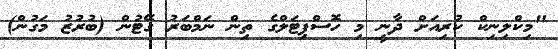
"މިކްލިނިކް ކުރިއަށް ދާނީ މި ހޮސްޕިޓަލްގެ ތިން ނަމްބަރު ގޭޓުން (ބުރުޒު މަގުން)